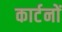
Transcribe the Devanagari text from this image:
कार्टनों